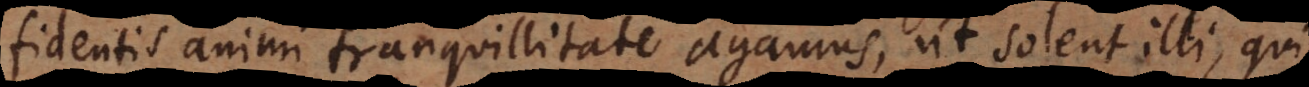
fidentis animi tranquillitate agamus, ut solent illi, qui